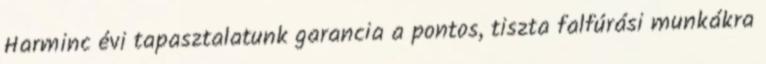
Harminc évi tapasztalatunk garancia a pontos, tiszta falfúrási munkákra